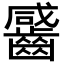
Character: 䶠